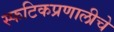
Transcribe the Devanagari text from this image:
स्फटिकप्रणालीचे